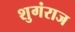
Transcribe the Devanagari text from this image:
शुगंराज